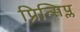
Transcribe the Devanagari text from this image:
प्रिन्सिप्ल